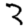
Digit: 3